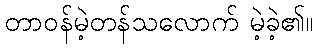
တာဝန်မဲ့တန်သလောက် မဲ့ခဲ့၏။